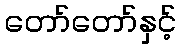
တော်တော်နှင့်